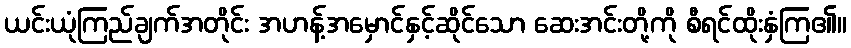
ယင်းယုံကြည်ချက်အတိုင်း အဟန့်အမှောင်နှင့်ဆိုင်သော ဆေးအင်းတို့ကို စီရင်ထိုးနှံကြ၏။